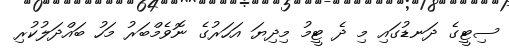
ސިޓީގެ ދަނޑުގައި މި ދެ ޓީމު މިދިޔަ އަހަރުގެ ނޮވެމްބަރު މަހު ބައްދަލުކުރި